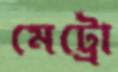
মেট্রো